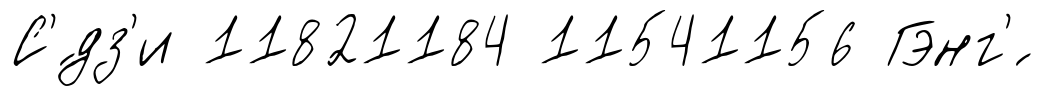
С'́дз'и 11821184 11541156 Гэнг'́